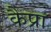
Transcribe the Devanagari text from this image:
कैप्रा